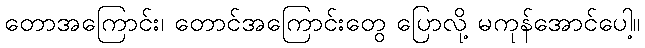
တောအကြောင်း၊ တောင်အကြောင်းတွေ ပြောလို့ မကုန်အောင်ပေါ့။